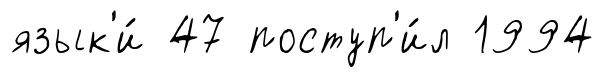
язык'и́ 47 поступ'и́л 1994